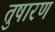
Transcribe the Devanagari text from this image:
तुषारण